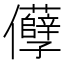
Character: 𠑦